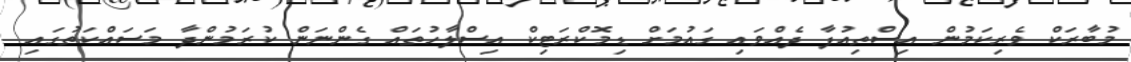
މުބާރަކް ވެރިކަމުން އިސްތިއުފާ ދެއްވައި ގައުމަށް ޑިމޮކްރަޓިކް އިސްލާހުތައް ގެންނަން ކުރަމުންދާ މަސައްކަތުގައި